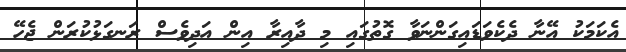
އެކަމަކު އޭނާ ދެކެވަޑައިގަންނަވާ ގޮތުގައި މި ދާއިރާ އިން އަދިވެސް ރަނގަޅުކުރަން ޖެހޭ